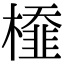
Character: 𣜂